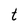
Character: t